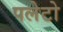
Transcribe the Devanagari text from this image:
पलेटो